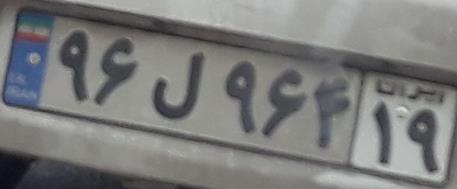
۹۶ل۹۶۴۱۹